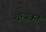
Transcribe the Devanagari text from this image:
शून्यवत